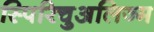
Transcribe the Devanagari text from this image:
स्पिरिचुअलिज्म